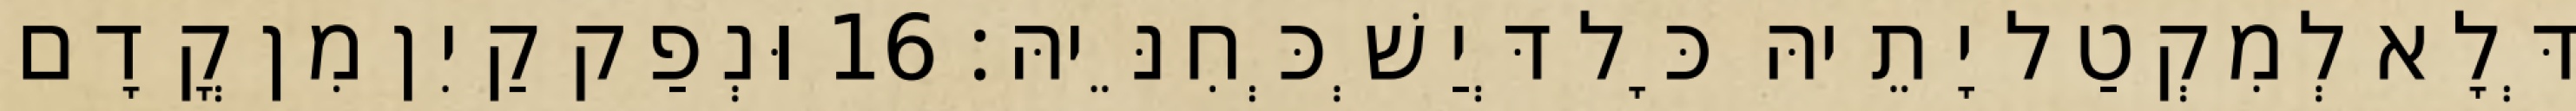
דְּלָא לְמִקְטַל יָתֵיהּ כָּל דְּיַשְׁכְּחִנֵּיהּ׃ 16 וּנְפַק קַיִן מִן קֳדָם